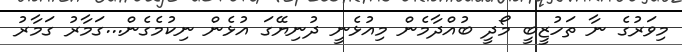
މިވަރުގެ ނާ ތަހުޒީބީ މޯދީ ބުއްދާމެން މިއުޅެނީ ދުނިޔޭގަ އުޅެން ނިކުމެގެން...ގަމާރު ގަމާރު